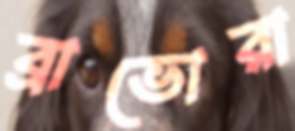
ব্রাভোরা